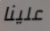
علينا